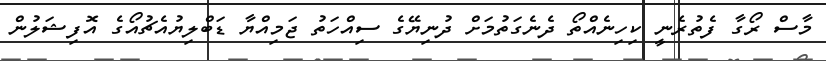
މާސް ރޯގާ ފެތުރެނީ ކިހިނެއްތޯ ދެނެގަތުމަށް ދުނިޔޭގެ ސިއްހަތު ޖަމިއްޔާ ޑަބްލިޔުއެޗުއޯގެ އޮފިޝަލުން